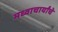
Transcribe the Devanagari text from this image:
मध्वाचार्यांचे